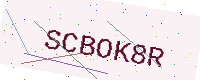
Text: SCBOK8R